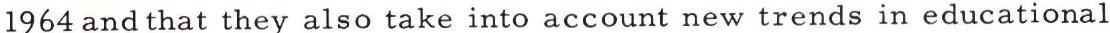
1964 and that they also take into account new trends in educational